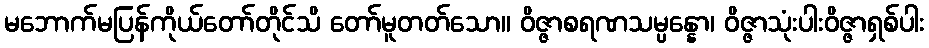
မဘောက်မပြန်ကိုယ်တော်တိုင်သိ တော်မူတတ်သော။ ဝိဇ္ဇာစရဏသမ္ပန္နော၊ ဝိဇ္ဇာသုံးပါးဝိဇ္ဇာရှစ်ပါး